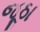
જૂઠા